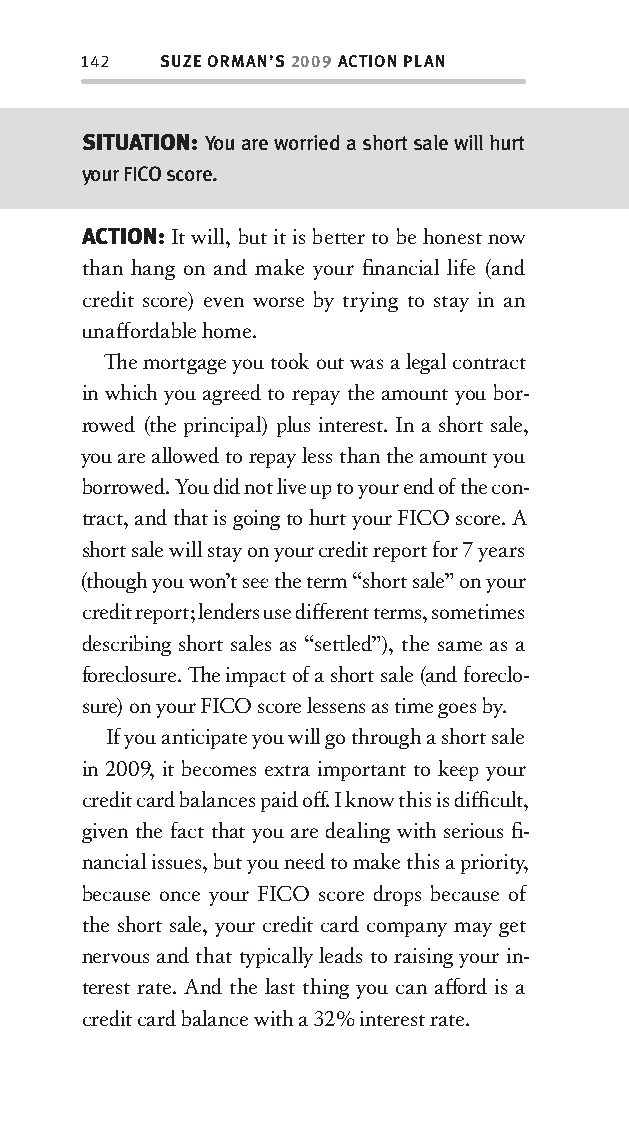
142  SUZE ORMAN’S 2009 ACTION PLAN
 SITUATION: You are worried a short sale will hurt
 your FICO score.
 ACTION: It will, but it is bett er to be honest now
 than hang on and make your fi nancial life (and
 credit score) even worse by trying to stay in an
 unaff ordable home.
 Th e mortgage you took out was a legal contract
 in which you agree d to repay the amount you bor-
 rowed (the principal) plus interest. In a short sale,
 you are allowed to repay less than the amount you
 borrowed. You did not live up to your end of the con-
 tract, and that is going to hurt your FICO score. A
 short sale will stay on your credit report for 7 years
 (though you won’t see the term “short sale” on your
 credit report; lenders use diff erent terms, sometimes
 describing short sales as “sett led”), the same as a
 foreclosure. Th e impact of a short sale (and foreclo-
 sure) on your FICO score lessens as time goes by.
 If you anticipate you will go through a short sale
 in 2009, it becomes extra important to kee p your
 credit card balances paid off . I know this is diffi cult,
 given the fact that you are dealing with serious fi -
 nancial issues, but you nee d to make this a priority ,
 because once your FICO score drops because of
 the short sale, your credit card company may get
 nervous and that ty pically leads to raising your in-
 terest rate. And the last thing you can aff ord is a
 credit card balance with a 32% interest rate.
 OOrrmmaa__99778800338855553300993344__44pp__aallll__rr11..iinndddd 114422 1122//33//0088 99::3311::2288 AAMM